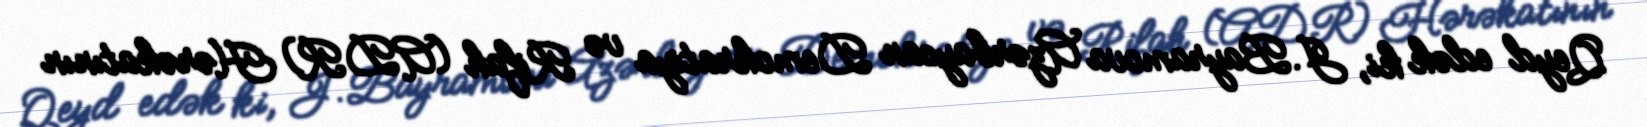
Qeyd edək ki, J.Bayramova Azərbaycan Demokratiya və Rifah (ADR) Hərəkatının